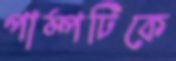
পাম্পটিকে